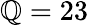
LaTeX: \mathbb{Q}=23